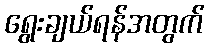
ရွေးချယ်ရန်အတွက်